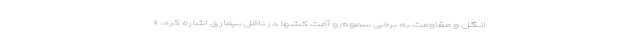
انگل و مقاومت به برخی سموم و آفت کشها در ناقل بیماری اشاره کرد. «